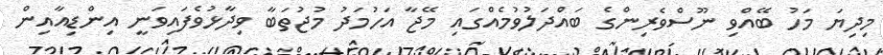
މިދިޔަ މަހު ބޭއްވި ނޫސްވެރިންގެ ބައްދަލުވުމެއްގައި މޭޖާ އަހުމަދު މުޖުތަބާ ވިދާޅުވެފައިވަނީ އިންޑިއާއިން